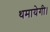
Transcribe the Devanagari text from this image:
थमायेगी।